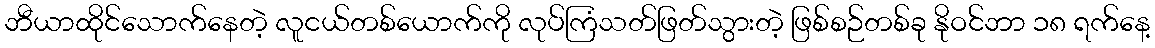
ဘီယာထိုင်သောက်နေတဲ့ လူငယ်တစ်ယောက်ကို လုပ်ကြံသတ်ဖြတ်သွားတဲ့ ဖြစ်စဉ်တစ်ခု နိုဝင်ဘာ ၁၈ ရက်နေ့